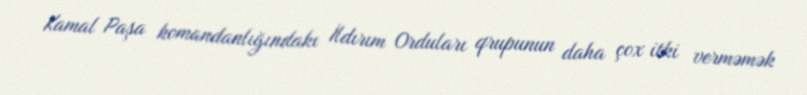
Kamal Paşa komandanlığındakı İldırım Orduları qrupunun daha çox itki verməmək